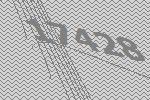
17428